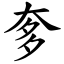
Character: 奓